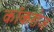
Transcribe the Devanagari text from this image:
कॉकरोज